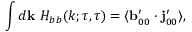
\int d { \bf { k } } \ H _ { b b } ( k ; \tau , \tau ) = \langle { { \bf { b } } _ { 0 0 } ^ { \prime } \cdot { \bf { j } } _ { 0 0 } ^ { \prime } } \rangle ,